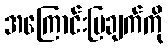
အကြောင်းပြချက်ကို